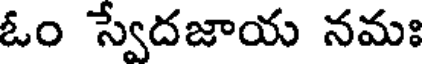
ఓం స్వేదజాయ నమః